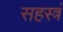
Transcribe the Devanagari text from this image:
सहस्त्रं